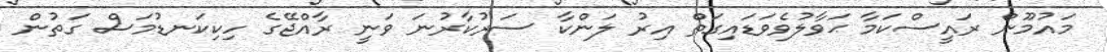
މައުމޫން ރައީސްކަމާ ޙަވާލުވެވަޑައިގަތް އިރު ލަންކާ ސަރުކާރުނަ ވަނީ ރާއްޖޭގެ ހިކިކަނޑުމަސް ގަތުން